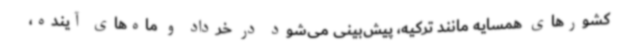
کشورهای همسایه مانند ترکیه، پیش‌بینی می‌شود در خرداد و ماه‌های آینده،